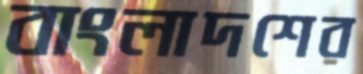
বাংলাদশের